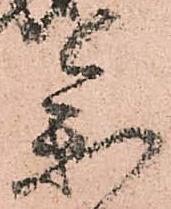
参